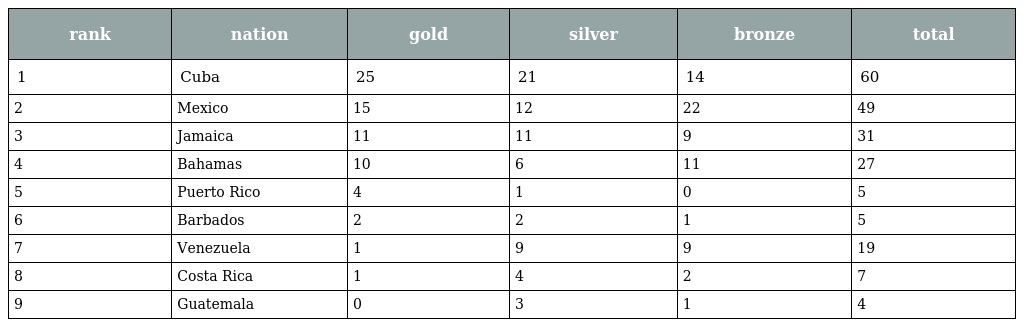
| rank | nation | gold | silver | bronze | total |
 | --- | --- | --- | --- | --- | --- |
 | 1 | Cuba | 25 | 21 | 14 | 60 |
 | 2 | Mexico | 15 | 12 | 22 | 49 |
 | 3 | Jamaica | 11 | 11 | 9 | 31 |
 | 4 | Bahamas | 10 | 6 | 11 | 27 |
 | 5 | Puerto Rico | 4 | 1 | 0 | 5 |
 | 6 | Barbados | 2 | 2 | 1 | 5 |
 | 7 | Venezuela | 1 | 9 | 9 | 19 |
 | 8 | Costa Rica | 1 | 4 | 2 | 7 |
 | 9 | Guatemala | 0 | 3 | 1 | 4 |